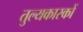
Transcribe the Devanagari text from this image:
तुल्यकारकों